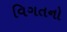
વિગતનો